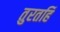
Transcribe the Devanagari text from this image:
तुरतहिं